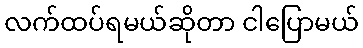
လက်ထပ်ရမယ်ဆိုတာ ငါပြောမယ်